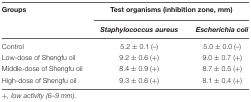
<table><thead><tr><td><b>Groups</b></td><td colspan="2"><b>Test organisms (inhibition zone, mm)</b></td></tr><tr><td></td><td><b><i>Staphylococcus aureus</i></b></td><td><b><i>Escherichia coli</i></b></td></tr></thead><tbody><tr><td>Control</td><td>5.2 ± 0.1 (–)</td><td>5.0 ± 0.0 (–)</td></tr><tr><td>Low-dose of Shengfu oil</td><td>9.2 ± 0.6 (+)</td><td>9.0 ± 0.7 (+)</td></tr><tr><td>Middle-dose of Shengfu oil</td><td>8.4 ± 0.9 (+)</td><td>8.7 ± 0.5 (+)</td></tr><tr><td>High-dose of Shengfu oil</td><td>9.3 ± 0.6 (+)</td><td>8.1 ± 0.4 (+)</td></tr></tbody></table>